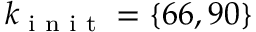
k _ { \textrm { i n i t } } = \left\{ 6 6 , 9 0 \right\}